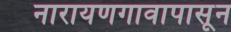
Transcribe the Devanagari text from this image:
नारायणगावापासून